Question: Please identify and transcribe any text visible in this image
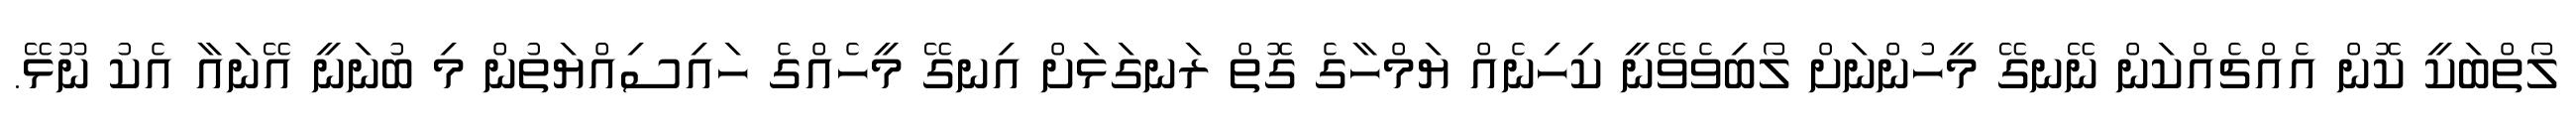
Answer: ލޯތްބަކީ ކޮން އެއްޗެއްކަން ނޭނގޭ މީހުންނަށް ލޯބިވެވޭނީ ކިހިނެއް ޔަމްހާގެ ގޮތް ރަނގަޅަށް އިނގޭ މީހެއްގެ ހައިސިއްޔަތުން މި ބުނަނީ އޭނައާ އެކު ނޫޅޭ.